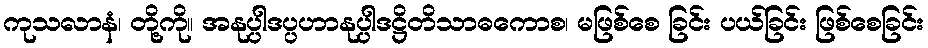
ကုသလာနံ၊ တို့ကို။ အနုပ္ပါဒပ္ပဟာနုပ္ပါဒဋ္ဌိတိသာဓကောစ၊ မဖြစ်စေ ခြင်း ပယ်ခြင်း ဖြစ်စေခြင်း